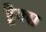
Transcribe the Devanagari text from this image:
ड्रैक्स